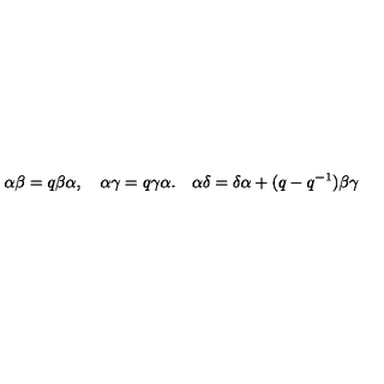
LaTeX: \alpha \beta = q \beta \alpha , \quad \alpha \gamma = q \gamma \alpha . \quad \alpha \delta = \delta \alpha + ( q - q ^ { - 1 } ) \beta \gamma